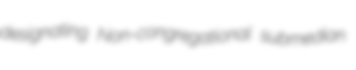
designating Non-congregational submedian